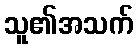
သူ၏အသက်